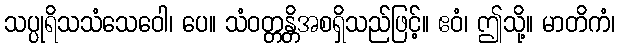
သပ္ပုရိသသံသေဝေါ၊ ပေ။ သံဝတ္တန္တိအစရှိသည်ဖြင့်။ ဧဝံ၊ ဤသို့။ မာတိကံ၊